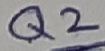
Text: Q2